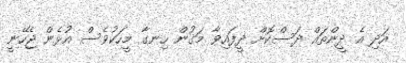
އަދި އެ ދީންތައް ދަސްކޮށް ދީފައިވާ މަގުން ހިނގާ މީހަކުވެސް އުޅެން ޖެހޭނީ